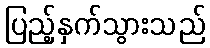
ပြည့်နှက်သွားသည်